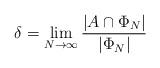
LaTeX: \begin{align*}\delta=\lim_{N \to \infty} \dfrac{|A \cap \Phi_N|}{|\Phi_N|}\end{align*}